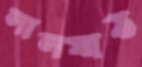
লালমাঠ